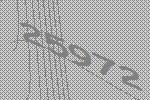
25972